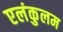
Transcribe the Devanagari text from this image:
एलंकुलम